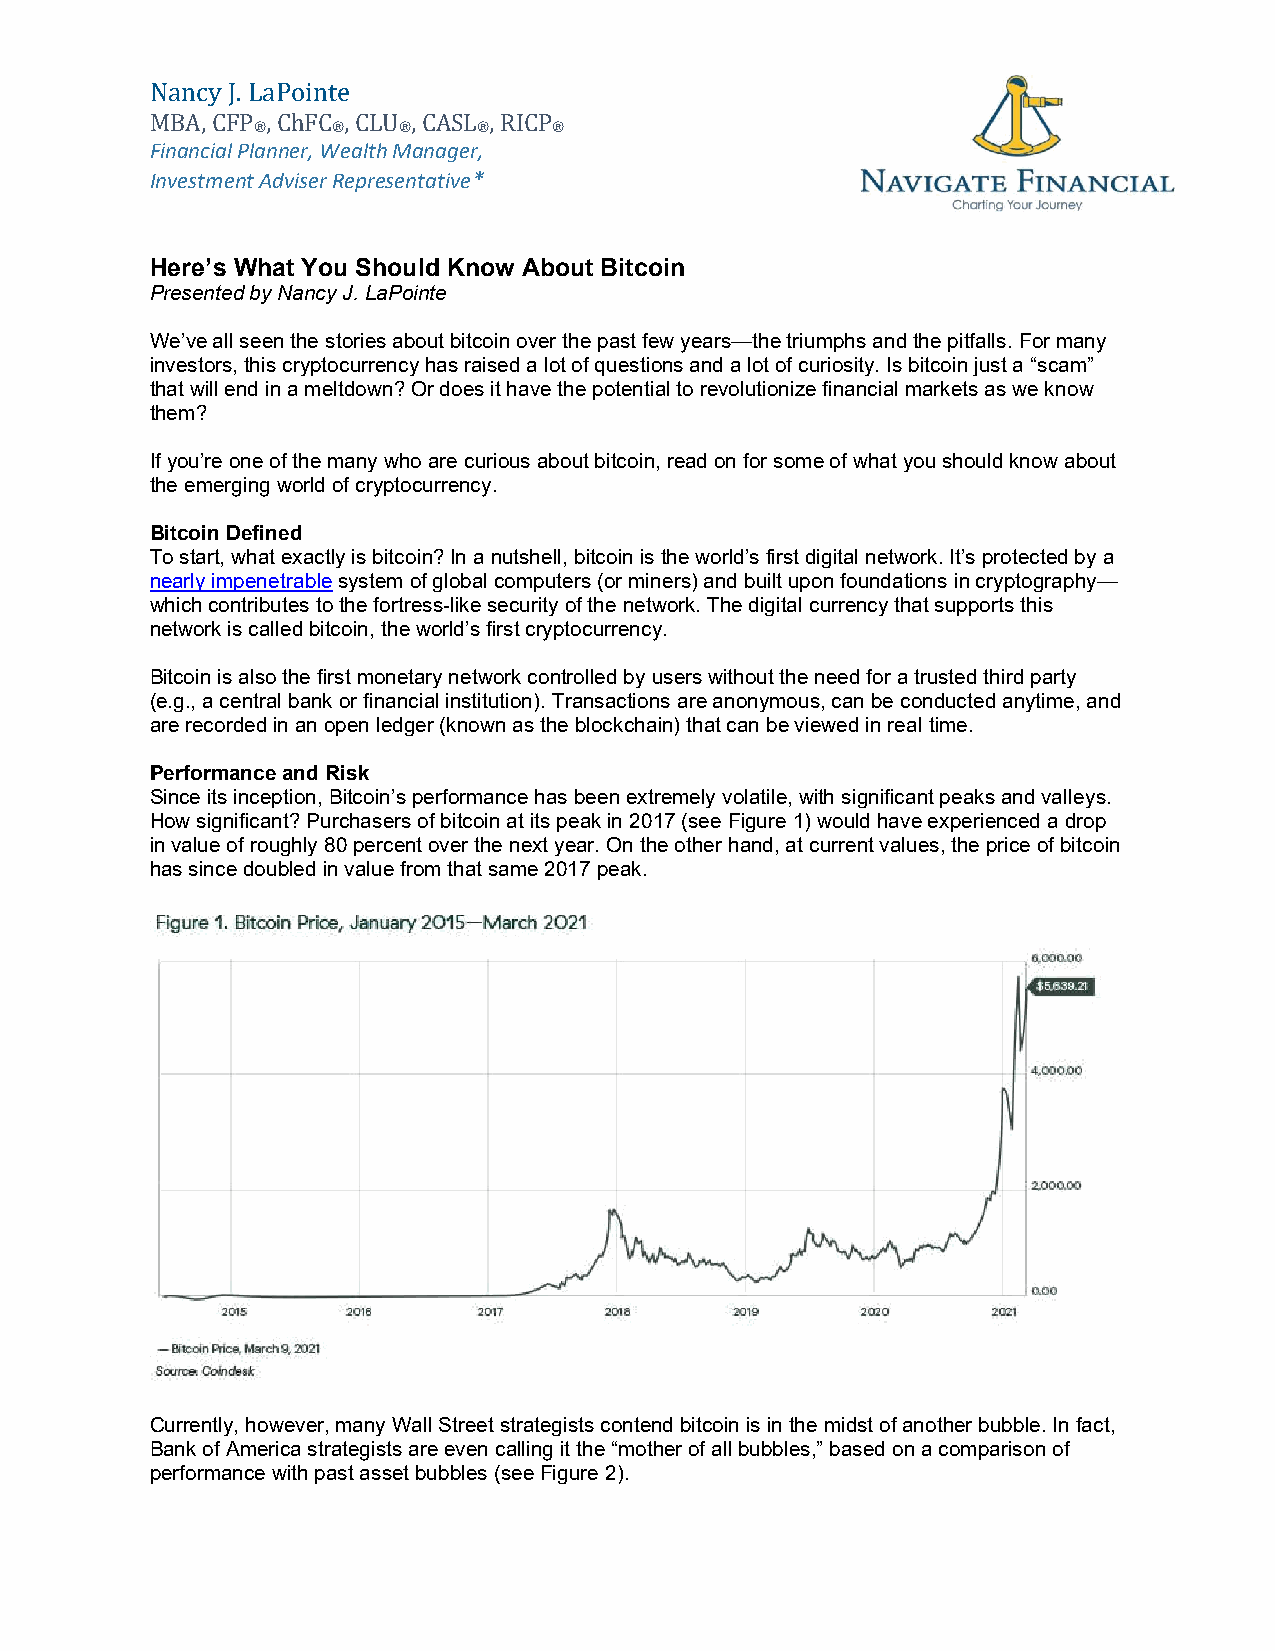
Nancy J. LaPointe
 MBA, CFP , ChFC , CLU , CASL , RICP
 ®    ®   ®     ®    ®
 Financial Planner, Wealth Manager,
 Investment Adviser Representative*
 Here’s What You Should Know About Bitcoin
 Presented by Nancy J. LaPointe
 We’ve all seen the stories about bitcoin over the past few years—the triumphs and the pitfalls. For many
 investors, this cryptocurrency has raised a lot of questions and a lot of curiosity. Is bitcoin just a “scam”
 that will end in a meltdown? Or does it have the potential to revolutionize financial markets as we know
 them?
 If you’re one of the many who are curious about bitcoin, read on for some of what you should know about
 the emerging world of cryptocurrency.
 Bitcoin Defined
 To start, what exactly is bitcoin? In a nutshell, bitcoin is the world’s first digital network. It’s protected by a
 nearly impenetrable system of global computers (or miners) and built upon foundations in cryptography—
 which contributes to the fortress-like security of the network. The digital currency that supports this
 network is called bitcoin, the world’s first cryptocurrency.
 Bitcoin is also the first monetary network controlled by users without the need for a trusted third party
 (e.g., a central bank or financial institution). Transactions are anonymous, can be conducted anytime, and
 are recorded in an open ledger (known as the blockchain) that can be viewed in real time.
 Performance and Risk
 Since its inception, Bitcoin’s performance has been extremely volatile, with significant peaks and valleys.
 How significant? Purchasers of bitcoin at its peak in 2017 (see Figure 1) would have experienced a drop
 in value of roughly 80 percent over the next year. On the other hand, at current values, the price of bitcoin
 has since doubled in value from that same 2017 peak.
 Currently, however, many Wall Street strategists contend bitcoin is in the midst of another bubble. In fact,
 Bank of America strategists are even calling it the “mother of all bubbles,” based on a comparison of
 performance with past asset bubbles (see Figure 2).